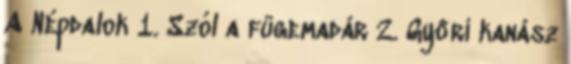
A Népdalok 1. Szól a fügemadár 2. Győri kanász